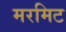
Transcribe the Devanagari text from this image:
मरमिट